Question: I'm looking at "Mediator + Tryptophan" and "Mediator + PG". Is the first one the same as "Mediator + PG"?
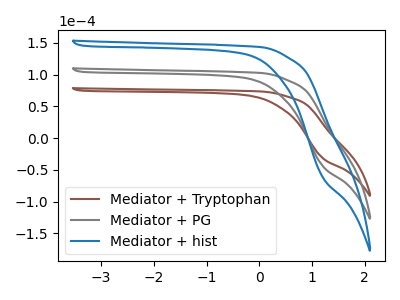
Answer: <think>The brown curve "Mediator + Tryptophan" has no peaks. The gray curve "Mediator + PG" has no peaks. The blue curve "Mediator + hist" has no peaks.
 Neither "Mediator + Tryptophan" or "Mediator + PG" have any peaks.</think>
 <answer>"Mediator + Tryptophan" and "Mediator + PG" are similar in shape.</answer>
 <eval>same_shape</eval>